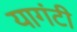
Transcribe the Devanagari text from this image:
यागंटी